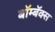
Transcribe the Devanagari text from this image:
बॉम्बॅक्स